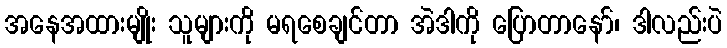
အနေအထားမျိုး သူများကို မရစေချင်တာ အဲဒါကို ပြောတာနော်၊ ဒါလည်းပဲ